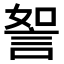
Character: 𧧏